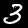
Digit: 3